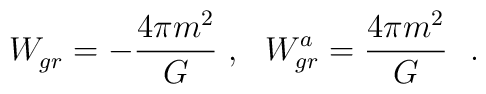
W^{}_{gr}=-{4\pi m^2\over G}~,~~W^{a}_{gr}={4\pi m^2\over G}~~.